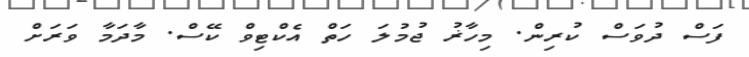
ފަސް ދުވަސް ކުރިން. މިހާޜު ޖުމުލަ ހަތް އެކްޓިވް ކޭސް. މާދަމާ ވަރަށް